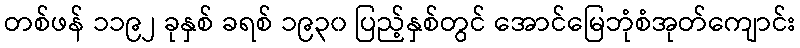
တစ်ဖန် ၁၁၉၂ ခုနှစ် ခရစ် ၁၉၃၀ ပြည့်နှစ်တွင် အောင်မြေဘုံစံအုတ်ကျောင်း